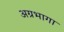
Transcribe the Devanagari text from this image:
अग्रभागा